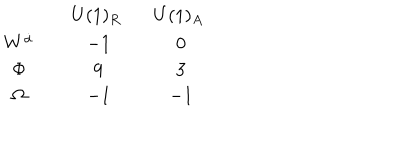
LaTeX: \begin{array} { c c c } { { } } & { { ~ U ( 1 ) _ { R } ~ ~ } } & { { ~ U ( 1 ) _ { A } ~ ~ } } \\ { { W ^ { \dot { \alpha } } } } & { { - 1 } } & { { 0 } } \\ { { \Phi } } & { { 9 } } & { { 3 } } \\ { { \Omega } } & { { - 1 } } & { { - 1 } } \\ \end{array}